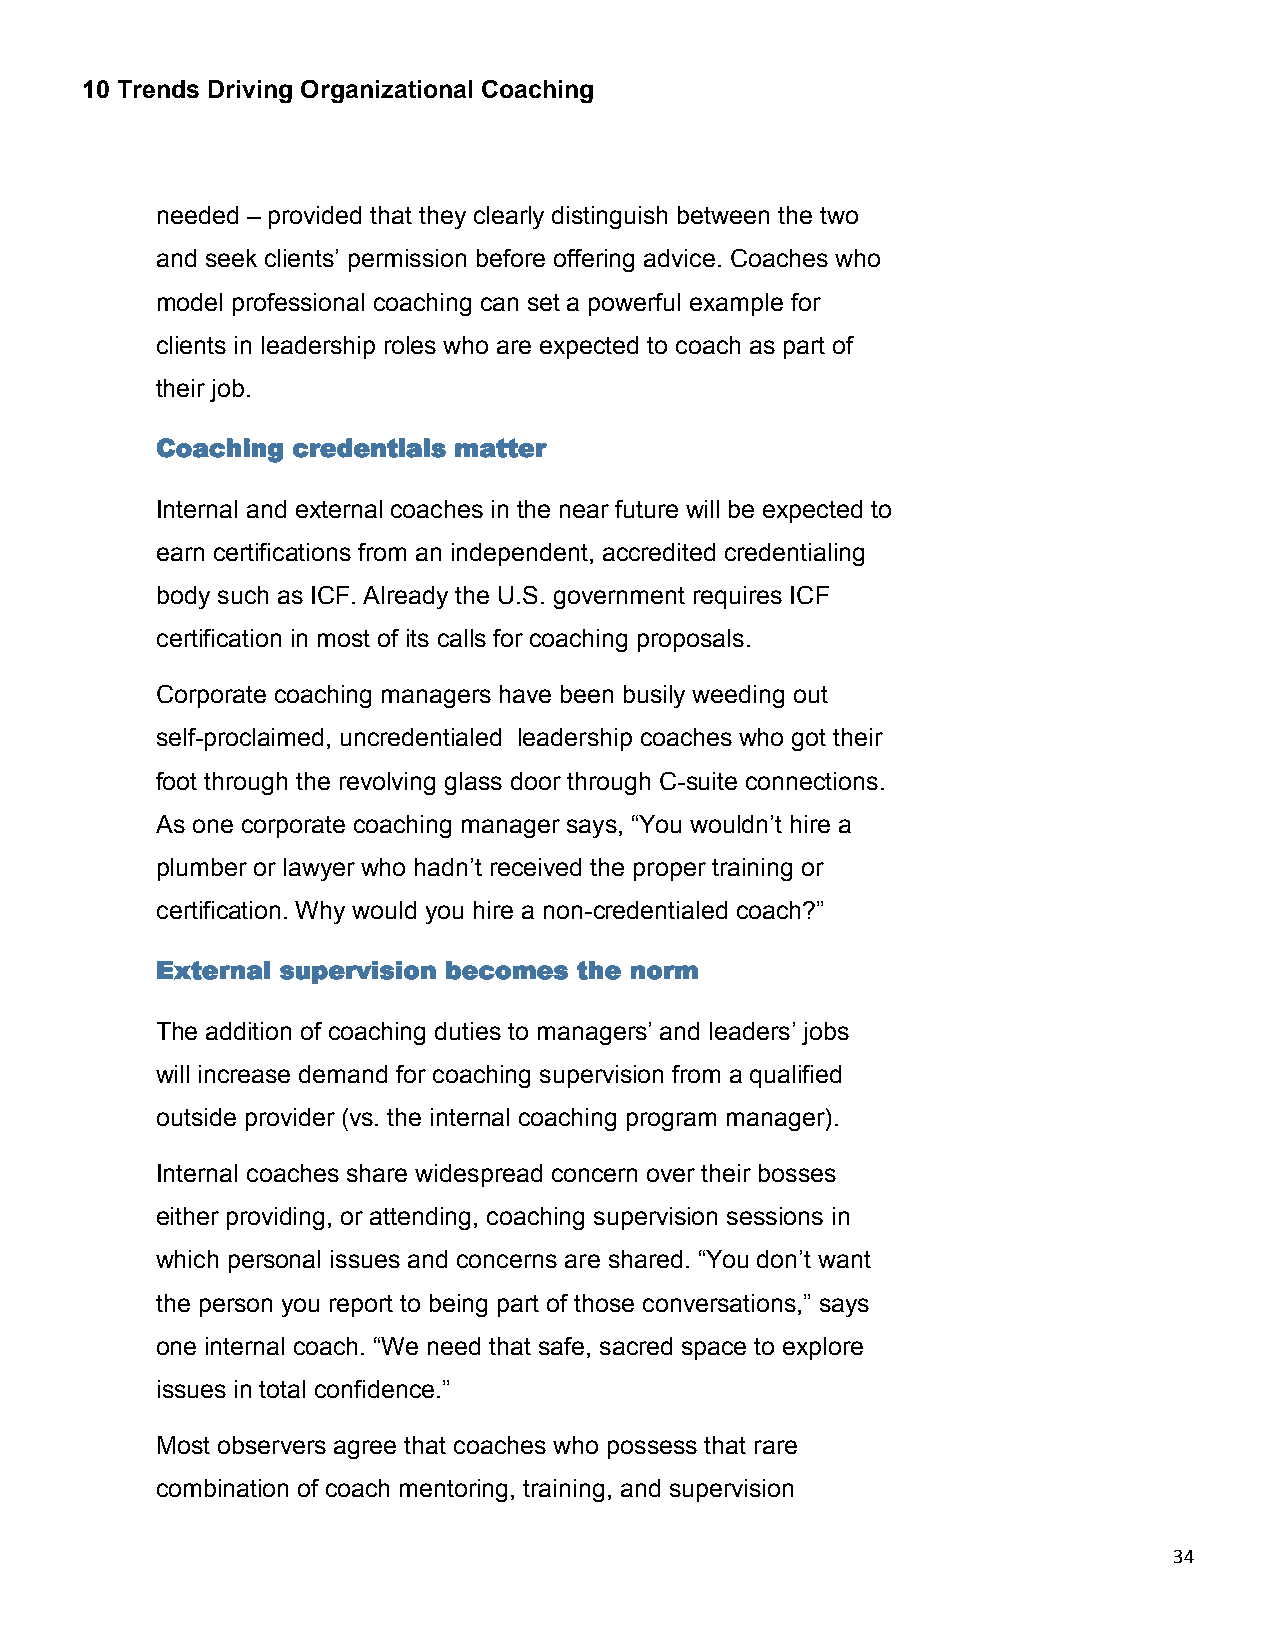
10 Trends Driving Organizational Coaching
 needed – provided that they clearly distinguish between the two
 and seek clients’ permission before offering advice. Coaches who
 model professional coaching can set a powerful example for
 clients in leadership roles who are expected to coach as part of
 their job.
 Coaching credentials matter
 Internal and external coaches in the near future will be expected to
 earn certifications from an independent, accredited credentialing
 body such as ICF. Already the U.S. government requires ICF
 certification in most of its calls for coaching proposals.
 Corporate coaching managers have been busily weeding out
 self-proclaimed, uncredentialed leadership coaches who got their
 foot through the revolving glass door through C-suite connections.
 As one corporate coaching manager says, “You wouldn’t hire a
 plumber or lawyer who hadn’t received the proper training or
 certification. Why would you hire a non-credentialed coach?”
 External supervision becomes the norm
 The addition of coaching duties to managers’ and leaders’ jobs
 will increase demand for coaching supervision from a qualified
 outside provider (vs. the internal coaching program manager).
 Internal coaches share widespread concern over their bosses
 either providing, or attending, coaching supervision sessions in
 which personal issues and concerns are shared. “You don’t want
 the person you report to being part of those conversations,” says
 one internal coach. “We need that safe, sacred space to explore
 issues in total confidence.”
 Most observers agree that coaches who possess that rare
 combination of coach mentoring, training, and supervision
 34